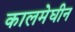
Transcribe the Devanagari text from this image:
कालमेघीन